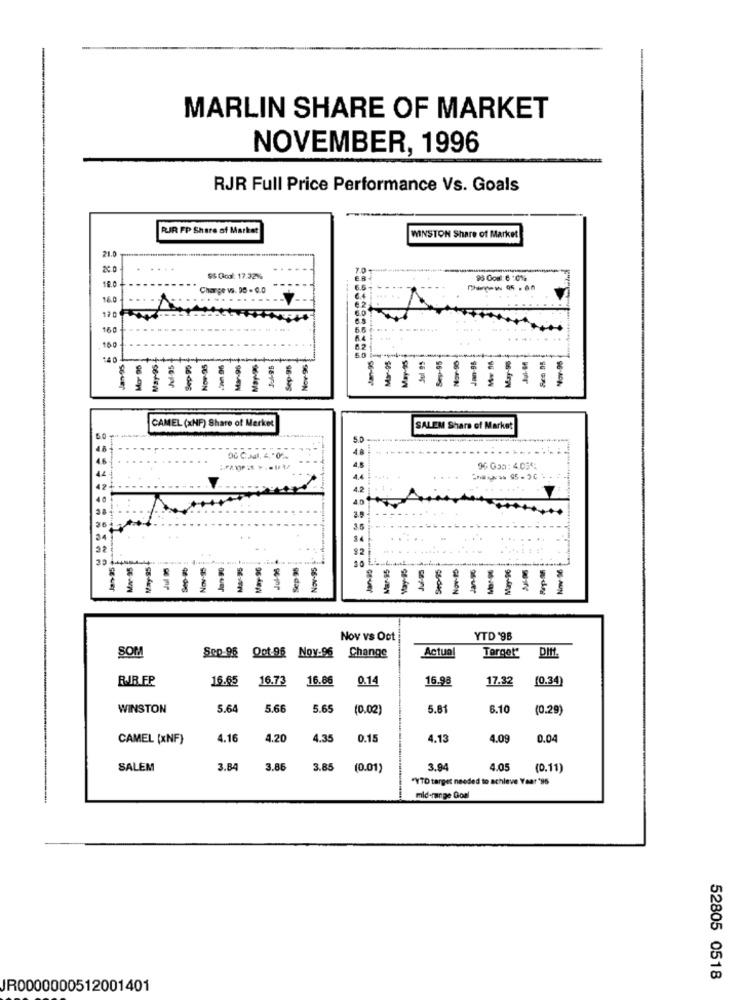
-
MARLIN SHARE OF MARKET
NOVEMBER, 1996
RJR Full Price Performance Vs. Goals
RIR FP Share of Market
WINSTON Share of Market
21.0
$$ Cool: 17.32%%
100
Charge vs. 95 - 0.0
16.0
12g
160
150
Now-95
9 -
96-d
96-49
Se-en
08-des
CAMEL (xNF) Share of Merket
SALEM Share of Market
50
30 44488
Jan Pt
Sep 95
= = ==== = = = = =
Now 36
SE-AEN
4e-des
SE-MEN
St-de
sur
Nov vs Oct
YTD '9B
Sep-96
Qpt.96
Nov-96
Actual
Target*
SOM
Change
RJR FP
16.65
16.73
16.66
0.14
16.98
17.32
(0.34)
WINSTON
5.6
5.66
5.65
(0.02)
5.81
6.10
(0.29)
CAMEL [xNF)
4.16
4 20
4.35
0.15
4.13
1.09
0.04
SALEM
3.84
3.86
3.85
(0.01)
3.94
4.05
(0.11)
"VTO target needed to achieve Year '95
mid-range Goal
52805 0518
JR0000000512001401